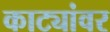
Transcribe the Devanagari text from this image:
काट्यांवर